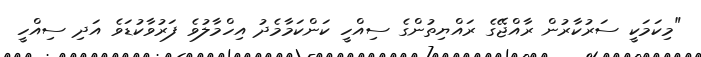
"މިކަމަކީ ސަރުކާރުން ރާއްޖޭގެ ރައްޔިތުންގެ ސިއްހީ ކަންކަމާމެދު އިހްމާލުވެ ފަރުވާކުޑަވެ އަދި ސިއްހީ